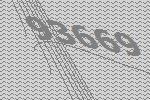
93669